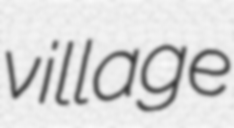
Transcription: village